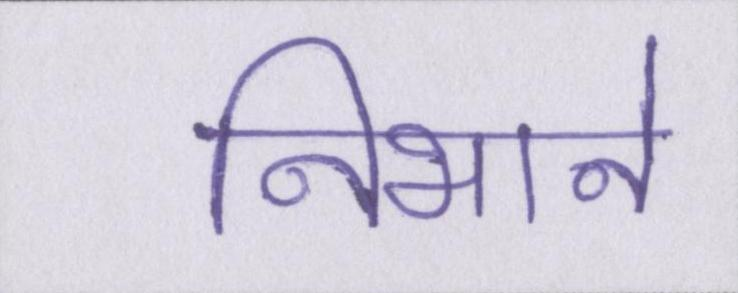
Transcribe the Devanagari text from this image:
निभाने